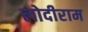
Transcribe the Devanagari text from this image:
लोदीराम